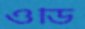
ওডি